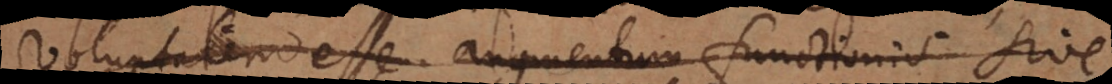
voluptatem esse augmentum functionis sive